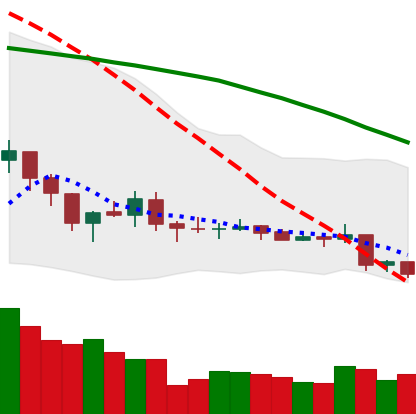
Ticker: XLM-USD
Chart end date: 2019-08-08
Forward return: -3.507%
Label: down_3_5